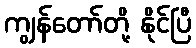
ကျွန်တော်တို့ နိုင်ပြီ